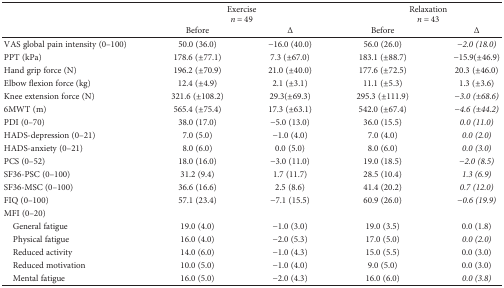
<table><thead><tr><td rowspan="3"></td><td colspan="2"><b>Exercise</b></td><td colspan="2"><b>Relaxation</b></td></tr><tr><td colspan="2"><b><i>n</i> = 49</b></td><td colspan="2"><b><i>n</i> = 43</b></td></tr><tr><td><b>Before</b></td><td><b>Δ</b></td><td><b>Before</b></td><td><b>Δ</b></td></tr></thead><tbody><tr><td>VAS global pain intensity (0–100)</td><td>50.0 (36.0)</td><td>−16.0 (40.0)</td><td>56.0 (26.0)</td><td>−<i>2.0 (18.0)</i></td></tr><tr><td>PPT (kPa)</td><td>178.6 (±77.1)</td><td>7.3 (±67.0)</td><td>183.1 (±88.7)</td><td>−15.9(±46.9)</td></tr><tr><td>Hand grip force (N)</td><td>196.2 (±70.9)</td><td>21.0 (±40.0)</td><td>177.6 (±72.5)</td><td>20.3 (±46.0)</td></tr><tr><td>Elbow flexion force (kg)</td><td>12.4 (±4.9)</td><td>2.1 (±3.1)</td><td>11.1 (±5.3)</td><td>1.3 (±3.6)</td></tr><tr><td>Knee extension force (N)</td><td>321.6 (±108.2)</td><td>29.3(±69.3)</td><td>295.3 (±111.9)</td><td><i>−3.0 (±68.6)</i></td></tr><tr><td>6MWT (m)</td><td>565.4 (±75.4)</td><td>17.3 (±63.1)</td><td>542.0 (±67.4)</td><td><i>−4.6 (±44.2)</i></td></tr><tr><td>PDI (0–70)</td><td>38.0 (17.0)</td><td>−5.0 (13.0)</td><td>36.0 (15.5)</td><td><i>0.0 (11.0)</i></td></tr><tr><td>HADS-depression (0–21)</td><td>7.0 (5.0)</td><td>−1.0 (4.0)</td><td>7.0 (4.0)</td><td><i>0.0 (2.0)</i></td></tr><tr><td>HADS-anxiety (0–21)</td><td>8.0 (6.0)</td><td>0.0 (5.0)</td><td>8.0 (6.0)</td><td><i>0.0 (3.0)</i></td></tr><tr><td>PCS (0–52)</td><td>18.0 (16.0)</td><td>−3.0 (11.0)</td><td>19.0 (18.5)</td><td><i>−2.0 (8.5)</i></td></tr><tr><td>SF36-PSC (0–100)</td><td>31.2 (9.4)</td><td>1.7 (11.7)</td><td>28.5 (10.4)</td><td><i>1.3 (6.9)</i></td></tr><tr><td>SF36-MSC (0–100)</td><td>36.6 (16.6)</td><td>2.5 (8.6)</td><td>41.4 (20.2)</td><td><i>0.7 (12.0)</i></td></tr><tr><td>FIQ (0–100)</td><td>57.1 (23.4)</td><td>−7.1 (15.5)</td><td>60.9 (26.0)</td><td><i>−0.6 (19.9)</i></td></tr><tr><td colspan="5">MFI (0–20)</td></tr><tr><td> General fatigue</td><td>19.0 (4.0)</td><td>−1.0 (3.0)</td><td>19.0 (3.5)</td><td>0.0 (1.8)</td></tr><tr><td> Physical fatigue</td><td>16.0 (4.0)</td><td>−2.0 (5.3)</td><td>17.0 (5.0)</td><td><i>0.0 (2.0)</i></td></tr><tr><td> Reduced activity</td><td>14.0 (6.0)</td><td>−1.0 (4.3)</td><td>15.0 (5.5)</td><td>0.0 (3.0)</td></tr><tr><td> Reduced motivation</td><td>10.0 (5.0)</td><td>−1.0 (4.0)</td><td>9.0 (5.0)</td><td>0.0 (3.0)</td></tr><tr><td> Mental fatigue</td><td>16.0 (5.0)</td><td>−2.0 (4.3)</td><td>16.0 (6.0)</td><td><i>0.0 (3.8)</i></td></tr></tbody></table>